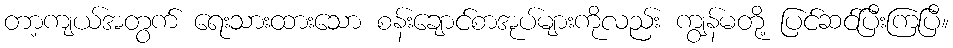
တာ့ကျယ်အတွက် ရေးသားထားသော စန်းချောင်စာအုပ်များကိုလည်း ကျွန်မတို့ ပြင်ဆင်ပြီးကြပြီ။